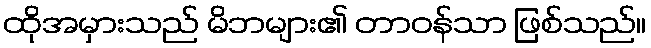
ထိုအမှားသည် မိဘများ၏ တာဝန်သာ ဖြစ်သည်။